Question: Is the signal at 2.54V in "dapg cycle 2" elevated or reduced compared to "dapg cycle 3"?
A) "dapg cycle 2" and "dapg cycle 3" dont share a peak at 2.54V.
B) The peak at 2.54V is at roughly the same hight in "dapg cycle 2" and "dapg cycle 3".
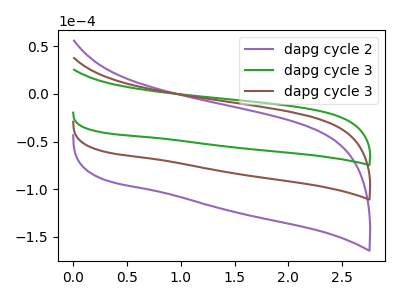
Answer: <think>The purple curve "dapg cycle 2" has no peaks. The green curve "dapg cycle 3" has no peaks. The brown curve "dapg cycle 3" has no peaks.</think>
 <answer>A) "dapg cycle 2" and "dapg cycle 3" dont share a peak at 2.54V.</answer>
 <eval>A</eval>